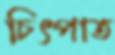
চিৎপাত